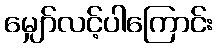
မျှော်လင့်ပါကြောင်း